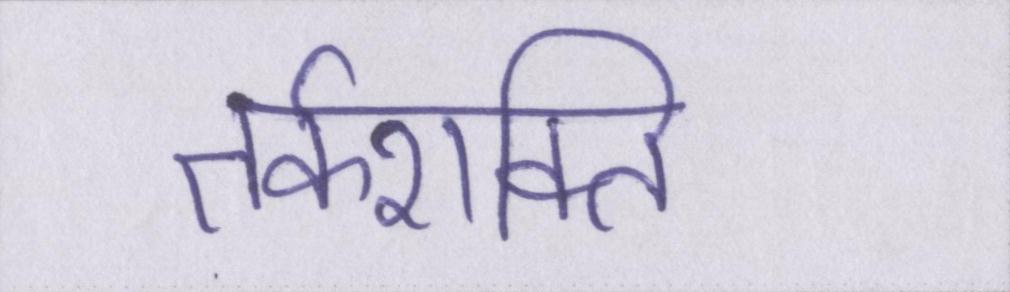
तर्कशक्ति